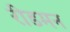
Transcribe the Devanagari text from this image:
रीडमन